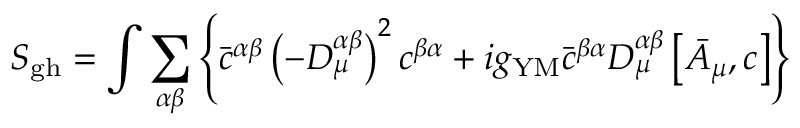
S _ { \mathrm { g h } } = \int \sum _ { \alpha \beta } \left\{ \bar { c } ^ { \alpha \beta } \left( - D _ { \mu } ^ { \alpha \beta } \right) ^ { 2 } c ^ { \beta \alpha } + i g _ { \mathrm { Y M } } \bar { c } ^ { \beta \alpha } D _ { \mu } ^ { \alpha \beta } \left[ \bar { A } _ { \mu } , c \right] \right\}